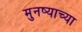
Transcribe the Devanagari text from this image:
मुनष्याच्या